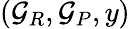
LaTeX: ({\mathcal{G}}_{R},{\mathcal{G}}_{P},y)